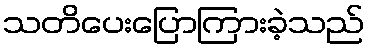
သတိပေးပြောကြားခဲ့သည်